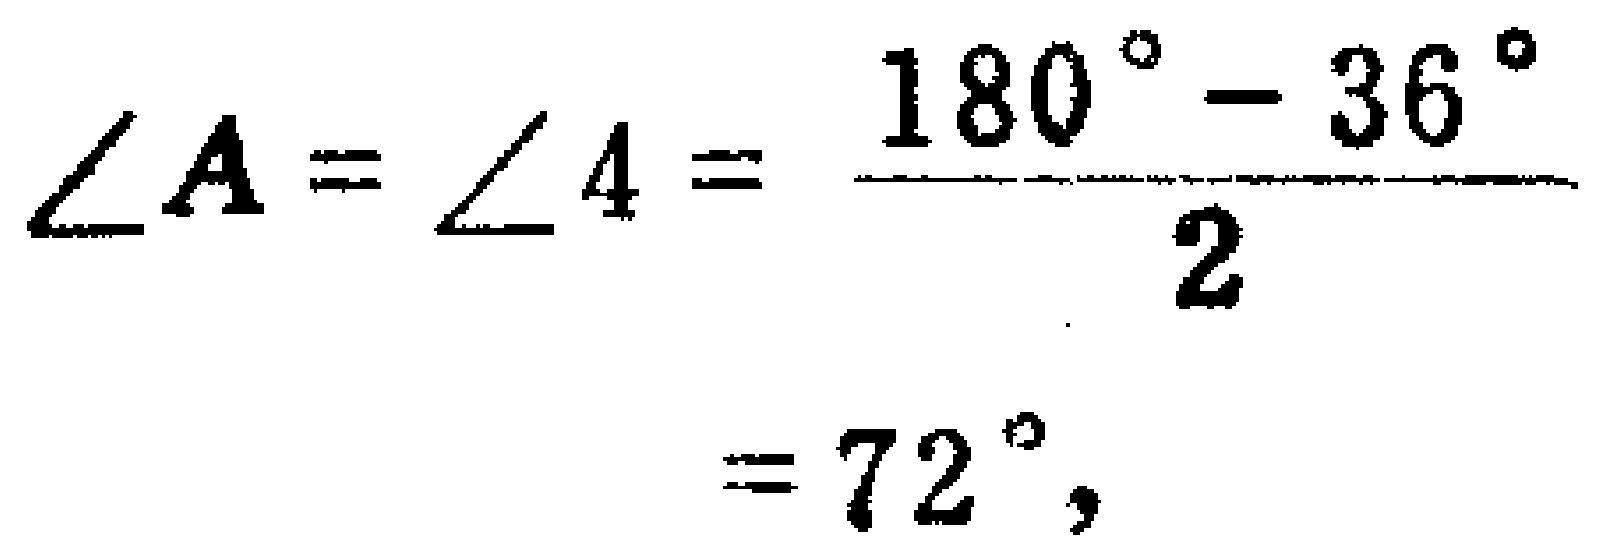
\(\angle A=\angle 4=\frac{180^{\circ}-36^{\circ}}{2}=72^{\circ},\)